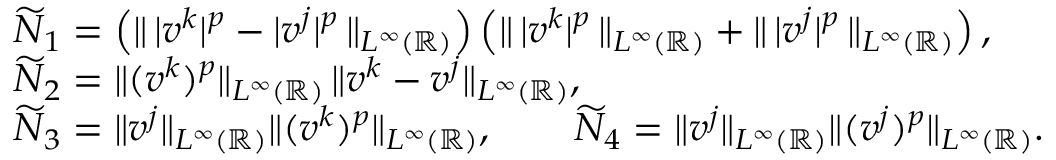
\begin{array} { r l } & { \widetilde { N } _ { 1 } = \left( \| \, | v ^ { k } | ^ { p } - | v ^ { j } | ^ { p } \, \| _ { L ^ { \infty } ( \mathbb { R } ) } \right) \left( \| \, | v ^ { k } | ^ { p } \, \| _ { L ^ { \infty } ( \mathbb { R } ) } + \| \, | v ^ { j } | ^ { p } \, \| _ { L ^ { \infty } ( \mathbb { R } ) } \right) , } \\ & { \widetilde { N } _ { 2 } = \| ( v ^ { k } ) ^ { p } \| _ { L ^ { \infty } ( \mathbb { R } ) } \, \| v ^ { k } - v ^ { j } \| _ { L ^ { \infty } ( \mathbb { R } ) } , } \\ & { \widetilde { N } _ { 3 } = \| v ^ { j } \| _ { L ^ { \infty } ( \mathbb { R } ) } \| ( v ^ { k } ) ^ { p } \| _ { L ^ { \infty } ( \mathbb { R } ) } , \qquad \widetilde { N } _ { 4 } = \| v ^ { j } \| _ { L ^ { \infty } ( \mathbb { R } ) } \| ( v ^ { j } ) ^ { p } \| _ { L ^ { \infty } ( \mathbb { R } ) } . } \end{array}